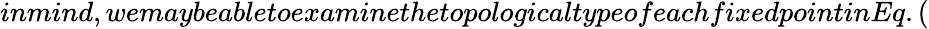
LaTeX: inmind,wemaybeabletoexaminethetopologicaltypeofeachfixedpointinEq.(